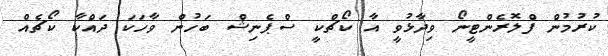
ކުރުމުން ފްލޮރެންޓީނޯ ވިދާޅުވީ އާ ކޯޗްކީ ސްޕެނިޝް ބަހުން ވާހަކަ ދައްކާ ކޯޗެއް